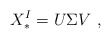
\begin{align*}X_*^I=U\Sigma V \ ,\end{align*}